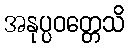
အနုပ္ပဝတ္တေသိ